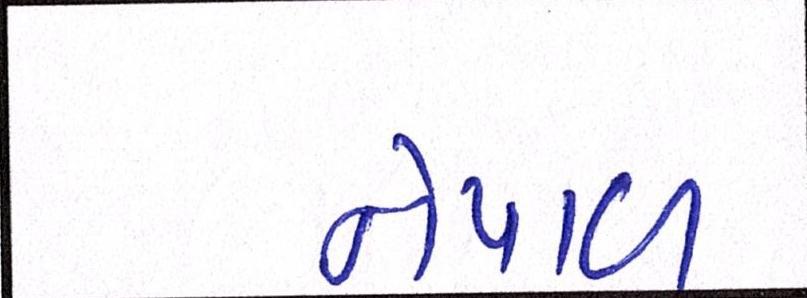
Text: નેપાળ